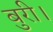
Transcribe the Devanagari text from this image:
बुरी।